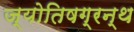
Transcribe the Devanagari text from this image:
ज्योतिषग्रन्थ